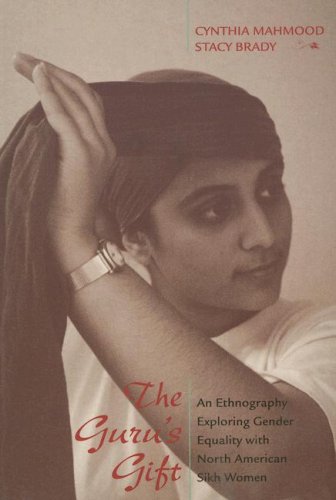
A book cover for The Guru's Gift: An Ethnography Exploring Gender Equality with North American Sikh Women; Cynthia Mahmood; Religion & Spirituality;